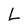
Character: L